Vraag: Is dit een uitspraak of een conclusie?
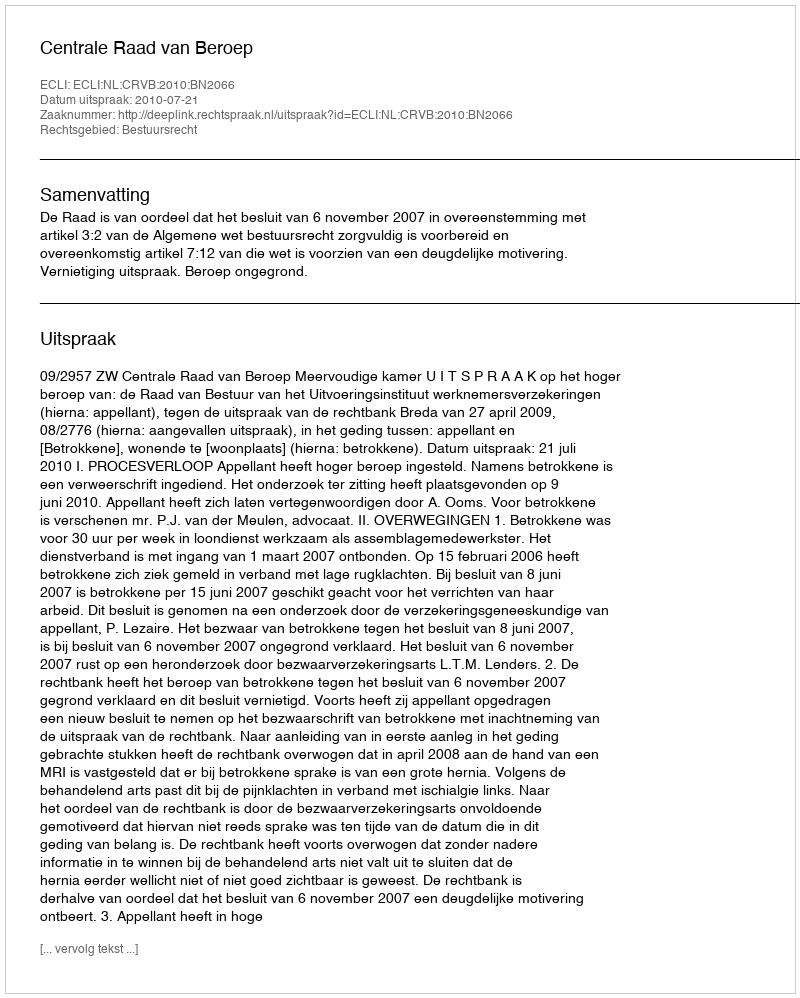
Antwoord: Uitspraak